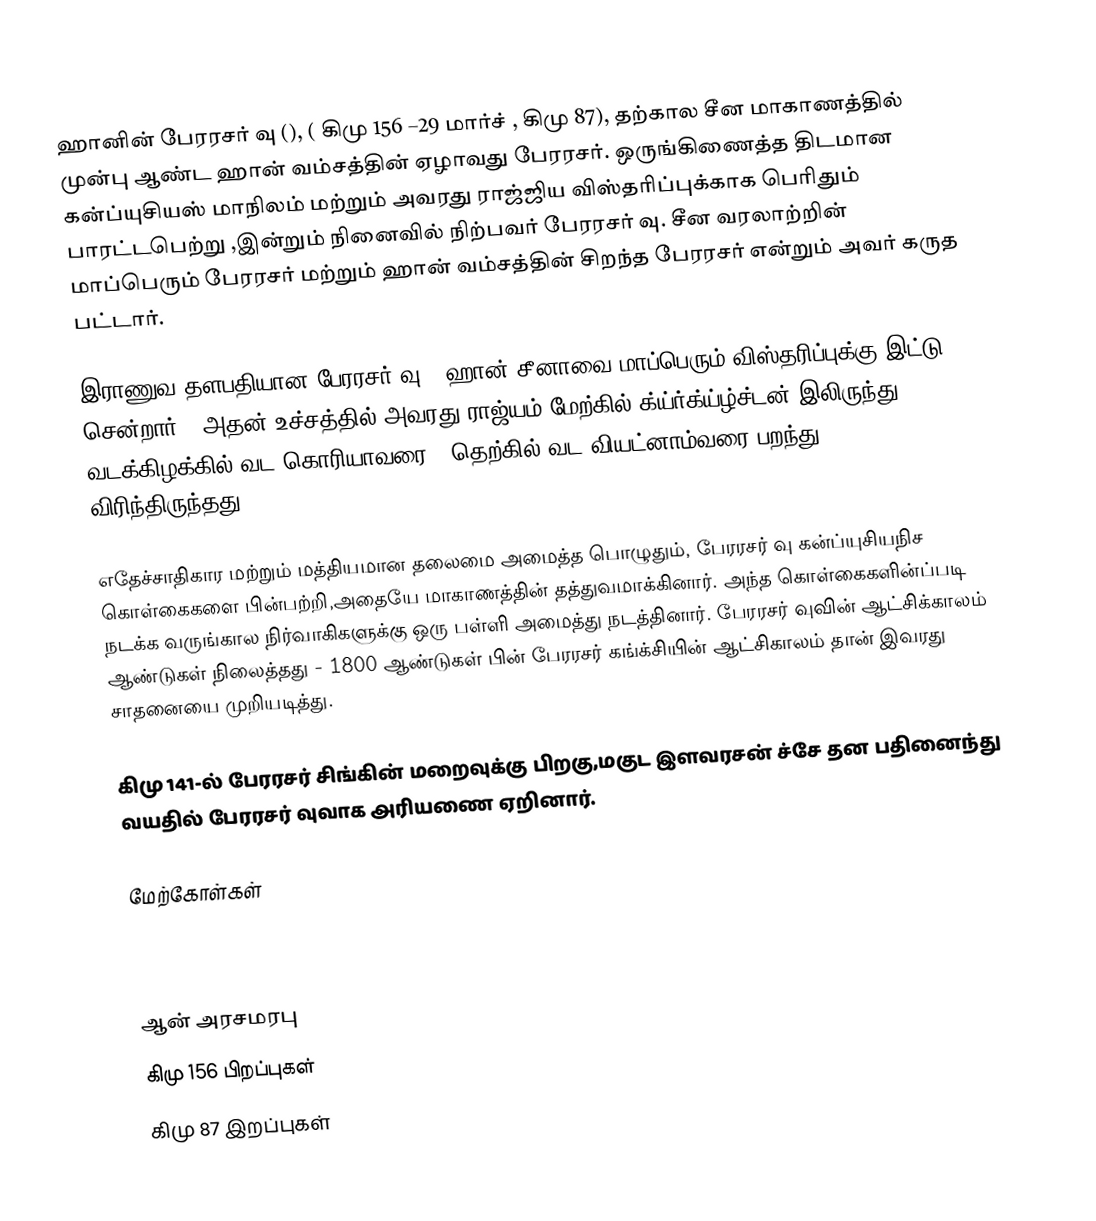
ஹானின் பேரரசர் வு  (), ( கிமு 156 –29 மார்ச் ,  கிமு 87), தற்கால சீன மாகாணத்தில் முன்பு ஆண்ட  ஹான் வம்சத்தின் ஏழாவது பேரரசர்.  ஒருங்கிணைத்த திடமான கன்ப்யுசியஸ் மாநிலம் மற்றும் அவரது ராஜ்ஜிய விஸ்தரிப்புக்காக பெரிதும் பாரட்டபெற்று ,இன்றும் நினைவில் நிற்பவர் பேரரசர் வு.  சீன வரலாற்றின் மாப்பெரும் பேரரசர் மற்றும் ஹான் வம்சத்தின் சிறந்த பேரரசர் என்றும் அவர் கருத பட்டார்.

இராணுவ தளபதியான  பேரரசர் வு , ஹான் சீனாவை மாப்பெரும்  விஸ்தரிப்புக்கு இட்டு சென்றார் - அதன் உச்சத்தில் அவரது ராஜ்யம் மேற்கில் க்ய்ர்க்ய்ழ்ச்டன்-இலிருந்து , வடக்கிழக்கில் வட கொரியாவரை , தெற்கில் வட வியட்னாம்வரை பறந்து விரிந்திருந்தது.

எதேச்சாதிகார மற்றும் மத்தியமான தலைமை அமைத்த பொழுதும், பேரரசர் வு கன்ப்யுசியநிச  கொள்கைகளை பின்பற்றி,அதையே மாகாணத்தின்  தத்துவமாக்கினார். அந்த கொள்கைகளின்ப்படி நடக்க வருங்கால நிர்வாகிகளுக்கு ஒரு பள்ளி அமைத்து நடத்தினார். பேரரசர் வுவின் ஆட்சிக்காலம் ஆண்டுகள் நிலைத்தது - 1800 ஆண்டுகள் பின் பேரரசர் கங்க்சியின் ஆட்சிகாலம் தான் இவரது சாதனையை முறியடித்து.

கிமு 141-ல் பேரரசர் சிங்கின் மறைவுக்கு பிறகு,மகுட இளவரசன் ச்சே தன பதினைந்து வயதில் பேரரசர் வுவாக அரியணை ஏறினார்.

மேற்கோள்கள்

ஆன் அரசமரபு
கிமு 156 பிறப்புகள்
கிமு 87 இறப்புகள்